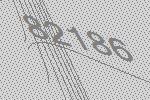
82186